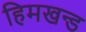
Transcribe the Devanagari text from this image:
हिमखन्ड